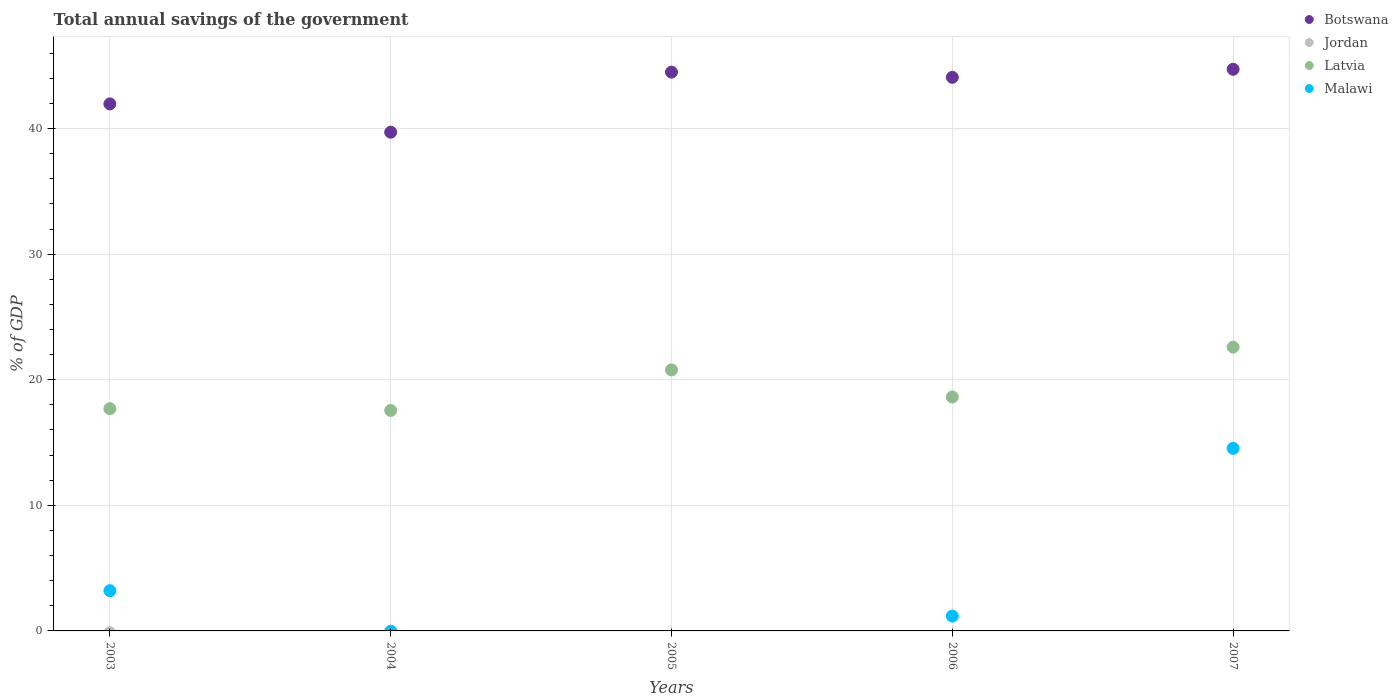
| Years | Botswana | Jordan | Latvia | Malawi |
 | --- | --- | --- | --- | --- |
 | 2003 | 42 | -0.145 | 17.7 | 3.2 |
 | 2004 | 39.7 | -2.89 | 17.6 | -0.0199 |
 | 2005 | 44.5 | -7.35 | 20.8 | -5.46 |
 | 2006 | 44.1 | -5.66 | 18.6 | 1.18 |
 | 2007 | 44.7 | -7.26 | 22.6 | 14.5 |